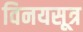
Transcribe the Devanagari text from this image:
विनयसूत्र